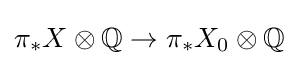
\pi _{*}X\otimes \mathbb {Q} \to \pi _{*}X_{0}\otimes \mathbb {Q}